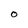
Character: O